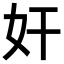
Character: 奸